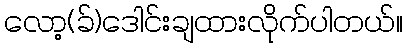
လော့(ခ်)ဒေါင်းချထားလိုက်ပါတယ်။